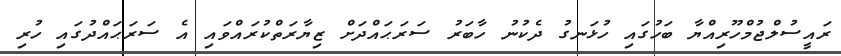
ރައީސުލްޖުމްހޫރިއްޔާ ބަހުގައި ހުޅަނގު ދެކުނު ހާބަރު ސަރަޙައްދަށް ޒިޔާރަތްކުރައްވައި އެ ސަރަޙައްދުގައި ހުރި